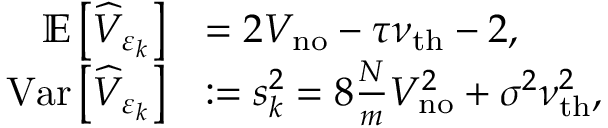
\begin{array} { r l } { \mathbb { E } \left[ \widehat { V } _ { \varepsilon _ { k } } \right] } & { = 2 V _ { \mathrm { n o } } - \tau \nu _ { \mathrm { t h } } - 2 , } \\ { \mathrm { V a r } \left[ \widehat { V } _ { \varepsilon _ { k } } \right] } & { : = s _ { k } ^ { 2 } = 8 \frac { N } { m } V _ { \mathrm { n o } } ^ { 2 } + \sigma ^ { 2 } \nu _ { \mathrm { t h } } ^ { 2 } , } \end{array}